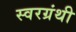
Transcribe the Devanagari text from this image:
स्वरग्रंथी